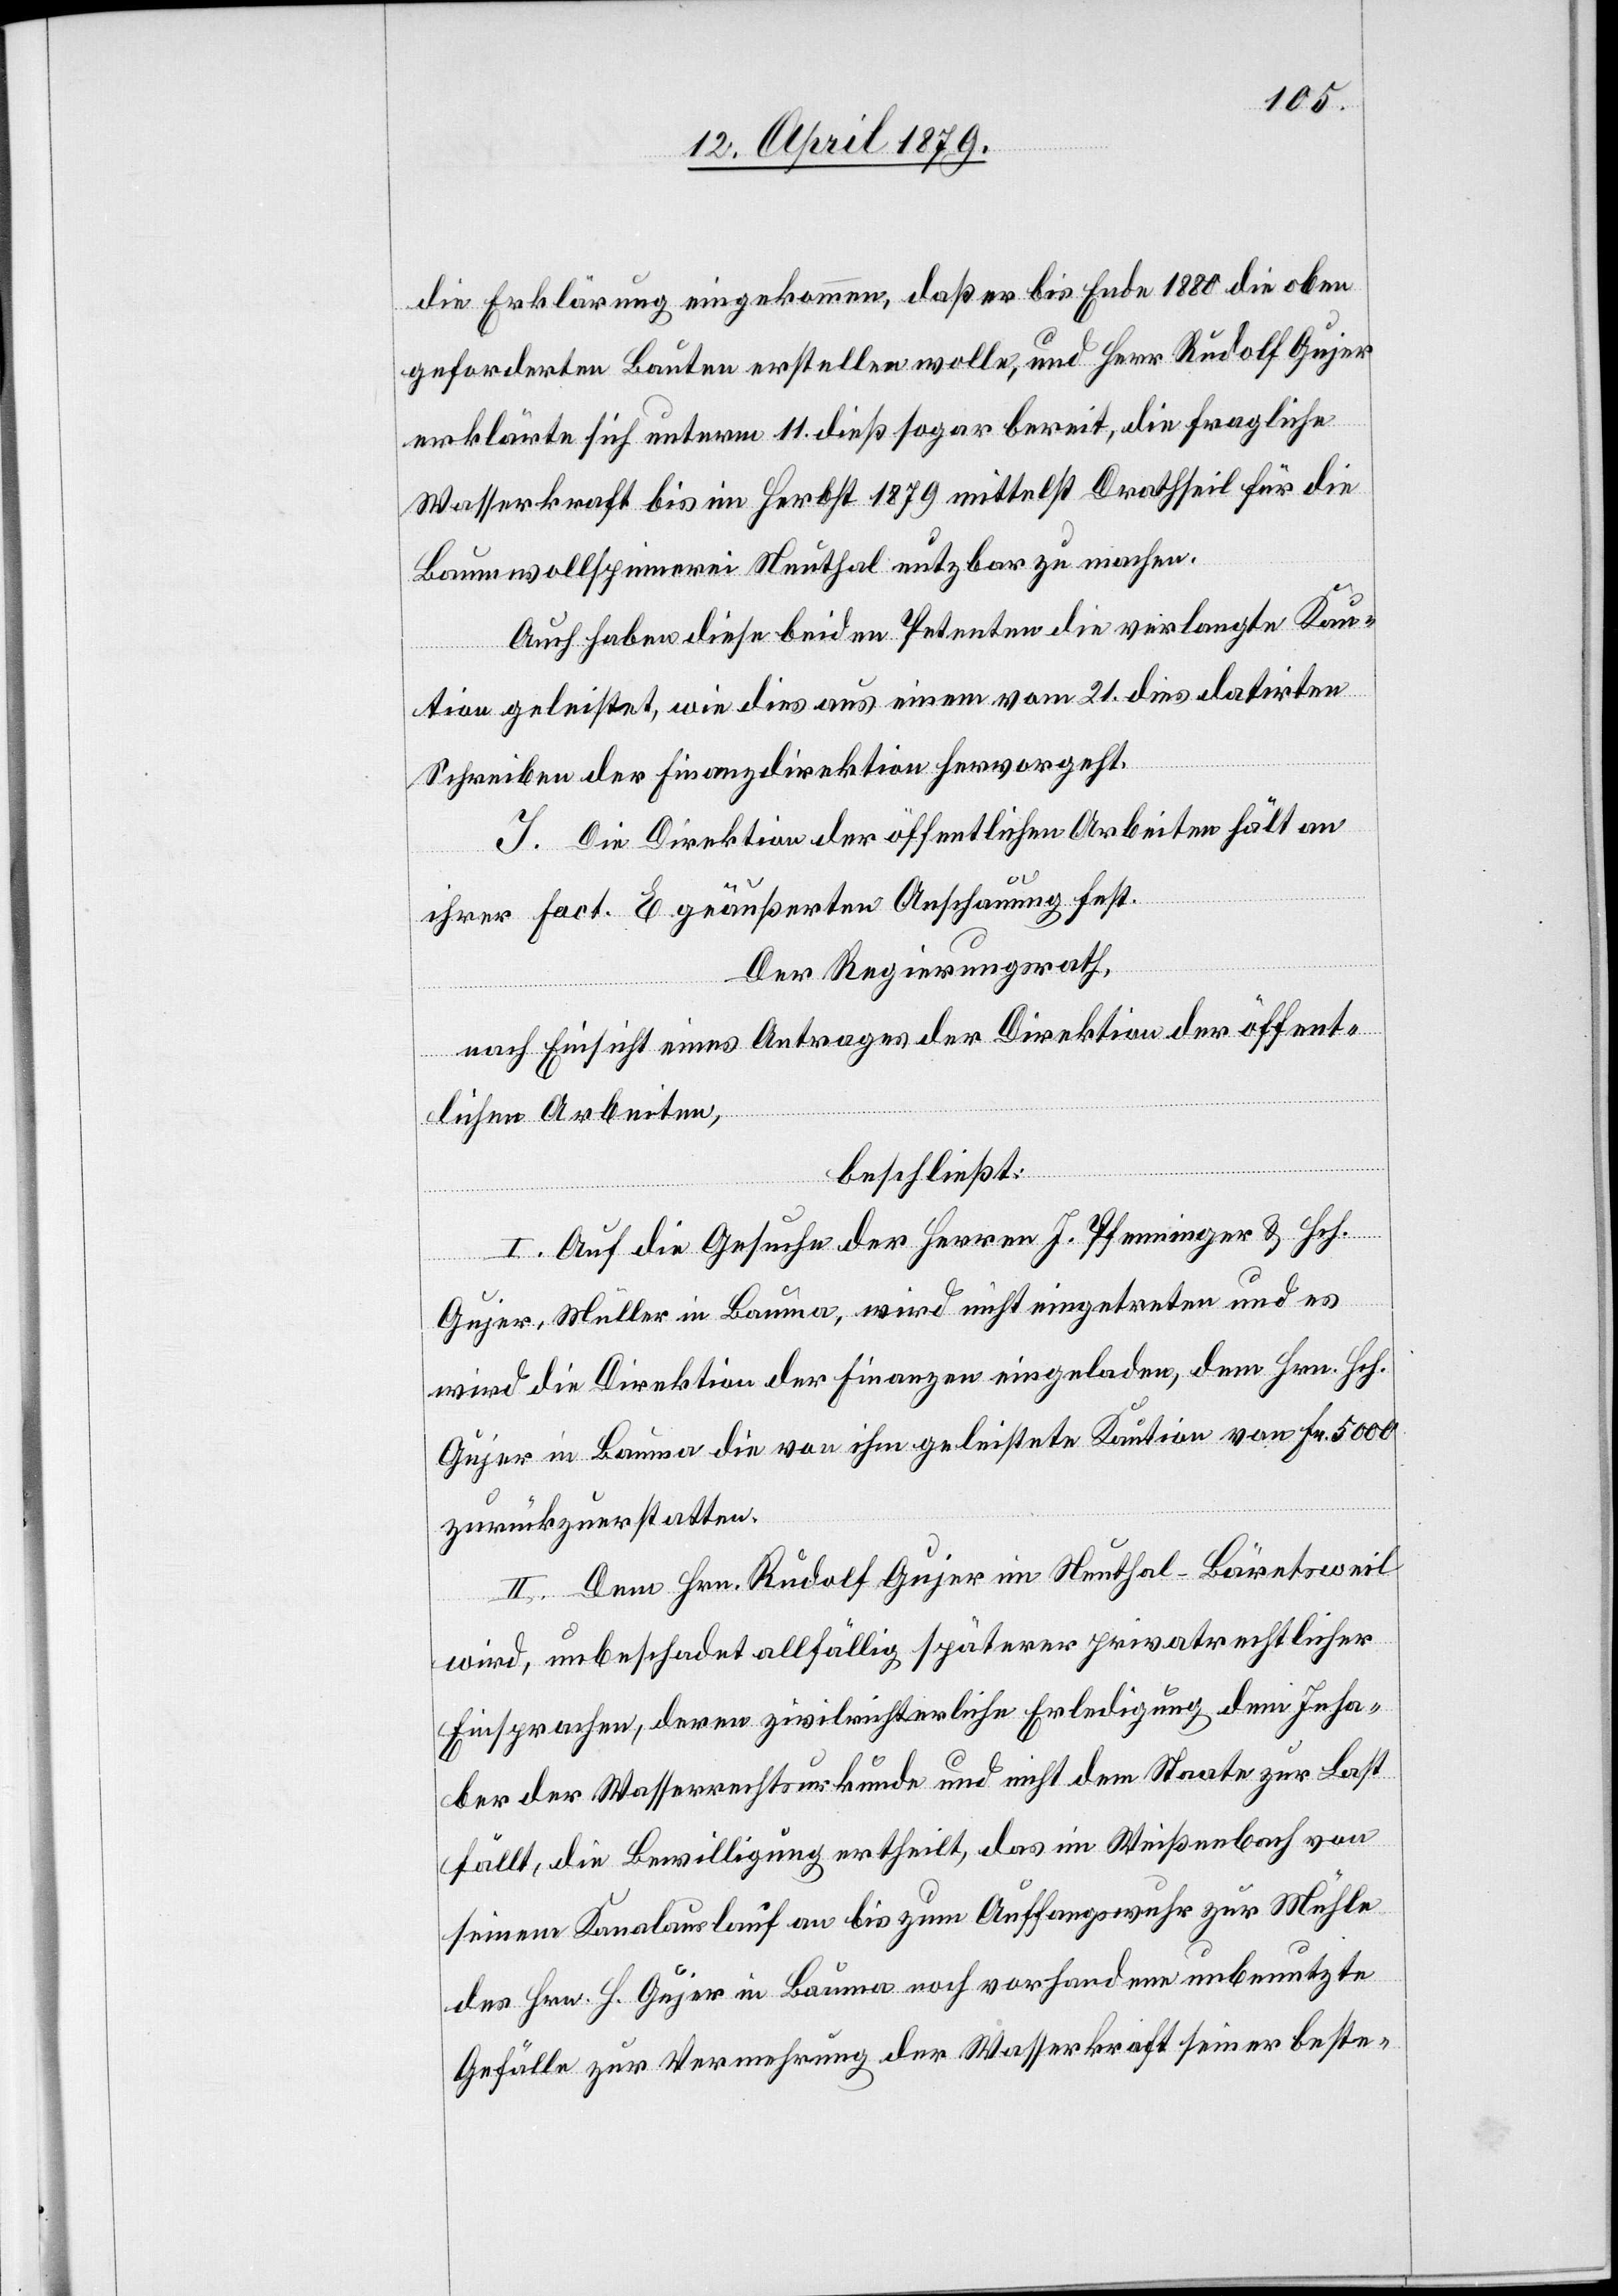
die Erklärung eingekommen, daß er bis Ende 1880 die oben
geforderten Bauten erstellen wolle, und Herr Rudolf Gujer
erklärte sich unterm 11. dieß sogar bereit, die fragliche
Wasserkraft bis im Herbst 1879 mittelst Drathseil für die
Baumwollspinnerei Neuthal nutzbar zu machen.
Auch haben diese beiden Petenten die verlangte Kau¬
[un¬
tion geleistet, wie dies aus einem vom 21. dies datirten
Schreiben der Finanzdirektion hervorgeht.
I. Die Direktion der öffentlichen Arbeiten hält an
ter] Fact. E geäußerten Anschauung fest.
Der Regierungsrath,
nach Einsicht eines Antrages der Direktion der öffent¬
lichen Arbeiten,
beschließt:
I. Auf die Gesuche der Herren J. Pfenninger & Hch.
Gujer, Müller in Bauma, wird nicht eingetreten und es
wird die Direktion der Finanzen eingeladen, dem Hrn. Hch.
Gujer in Bauma die von ihm geleistete Kaution von Fr. 5000
zurückzuerstatten.
II. Dem Hrn. Rudolf Gujer im Neuthal - Bäretsweil
wird, unbeschadet allfällig späterer privatrechtlicher
Einsprachen, deren zivilrichterliche Erledigung dem Inha¬
ber der Wasserrechtsurkunde und nicht dem Staate zur Last
fällt, die Bewilligung ertheilt, das im Weißenbach von
seinem Kanalauslauf an bis zum Auffangswuhr zur Mühle
des Hrn. H. Gujer in Bauma noch vorhandene unbenutzte
Gefälle zur Vermehrung der Wasserkraft seiner beste-